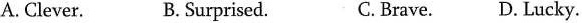
A. Clever. B. Surprised. C. Brave. D. Lucky.